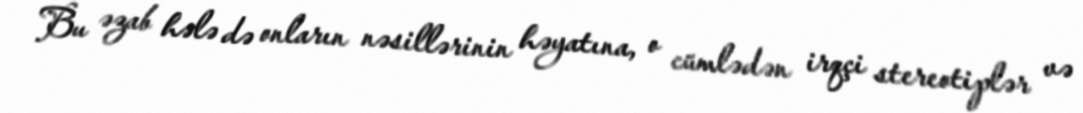
Bu əzab hələ də onların nəsillərinin həyatına, o cümlədən irqçi stereotiplər və